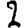
Digit: 2